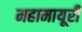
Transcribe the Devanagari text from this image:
महामायूरी